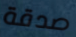
صدقة